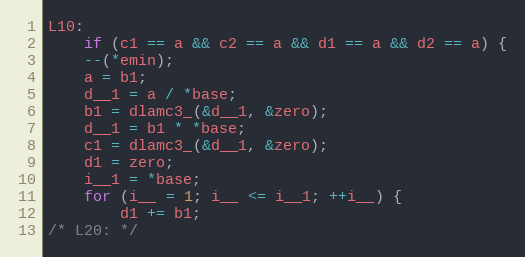
Language: C
L10:
    if (c1 == a && c2 == a && d1 == a && d2 == a) {
	--(*emin);
	a = b1;
	d__1 = a / *base;
	b1 = dlamc3_(&d__1, &zero);
	d__1 = b1 * *base;
	c1 = dlamc3_(&d__1, &zero);
	d1 = zero;
	i__1 = *base;
	for (i__ = 1; i__ <= i__1; ++i__) {
	    d1 += b1;
/* L20: */